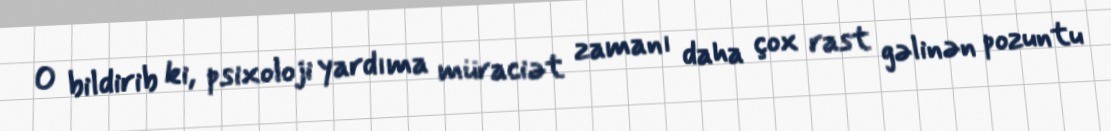
O bildirib ki, psixoloji yardıma müraciət zamanı daha çox rast gəlinən pozuntu